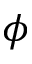
\phi